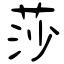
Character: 莎